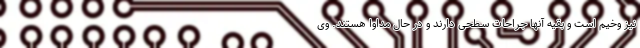
نیز وخیم است و بقیه آنها جراحات سطحی دارند و در حال مداوا هستند. وی